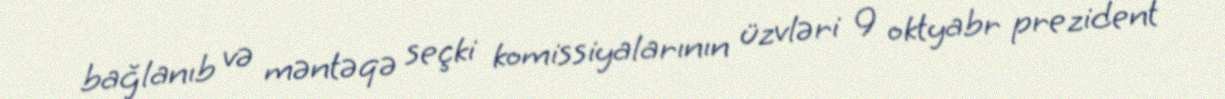
bağlanıb və məntəqə seçki komissiyalarının üzvləri 9 oktyabr prezident